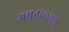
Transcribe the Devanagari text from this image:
अम्रुतालयम्